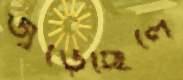
জুড়েছিলে